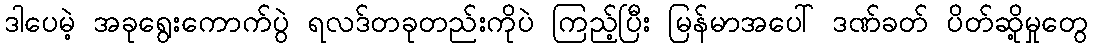
ဒါပေမဲ့ အခုရွေးကောက်ပွဲ ရလဒ်တခုတည်းကိုပဲ ကြည့်ပြီး မြန်မာအပေါ် ဒဏ်ခတ် ပိတ်ဆို့မှုတွေ